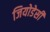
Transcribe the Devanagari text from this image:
जियोडेसी